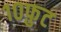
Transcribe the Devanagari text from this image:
१०फ़ुट